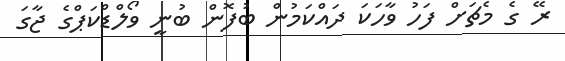
ރޭ ގެ މެޗަށް ފަހު ވާހަކަ ދައްކަމުން ބުފޮން ބުނީ ވޯލްޑްކަޕްގެ ޖާގަ